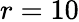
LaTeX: r=10